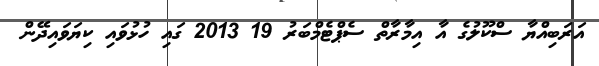
އަރަބިއްޔާ ސްކޫލުގެ އާ އިމާރާތް ސެޕްޓެމްބަރު 19 2013 ގައި ހުޅުވައި ކިޔަވައިދޭން